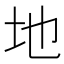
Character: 地